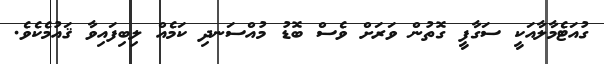
ގުއަޓެމާލާއަކީ ސަގާފީ ގޮތުން ވަރަށް ވެސް ބޮޑު މުއްސަނދި ކަމެއް ލިބިފައިވާ ޤައުމެކެވެ.